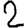
Digit: 2